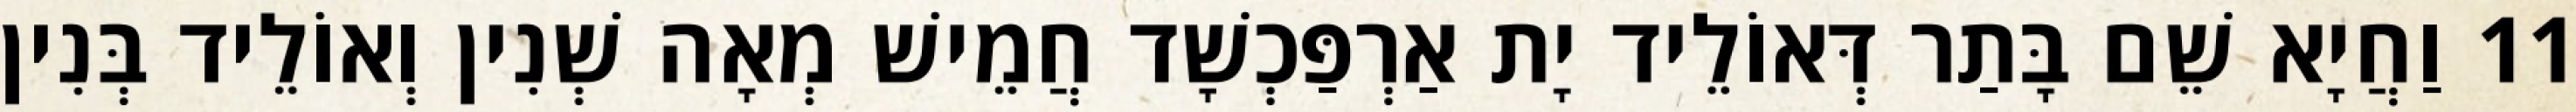
11 וַחֲיָא שֵׁם בָּתַר דְּאוֹלֵיד יָת אַרְפַּכְשָׁד חֲמֵישׁ מְאָה שְׁנִין וְאוֹלֵיד בְּנִין